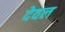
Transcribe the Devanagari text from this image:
देवल